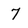
Character: 7